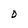
Character: 0